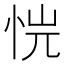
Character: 𢙙